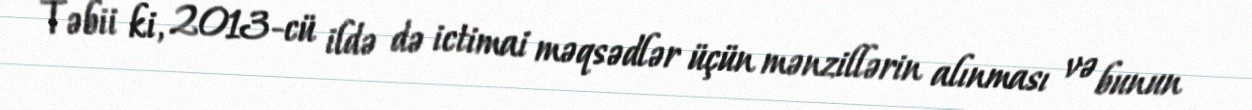
Təbii ki, 2013-cü ildə də ictimai məqsədlər üçün mənzillərin alınması və bunun